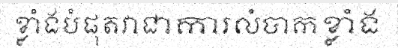
ខ្លាំងបំផុតវាជាការលំបាកខ្លាំង